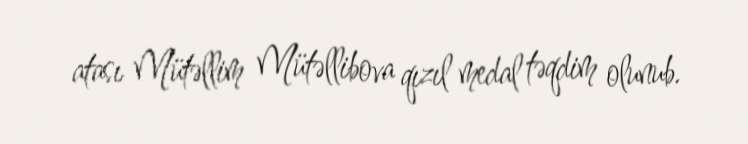
atası Mütəllim Mütəllibova qızıl medal təqdim olunub.